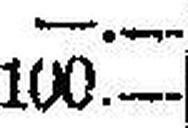
100.—